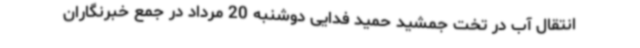
انتقال آب در تخت جمشید حمید فدایی دوشنبه 20 مرداد در جمع خبرنگاران